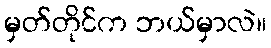
မှတ်တိုင်က ဘယ်မှာလဲ။